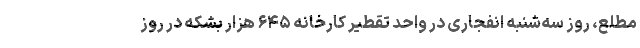
مطلع، روز سه‌شنبه انفجاری در واحد تقطیر کارخانه ۶۴۵ هزار بشکه در روز